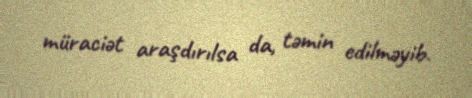
müraciət araşdırılsa da, təmin edilməyib.